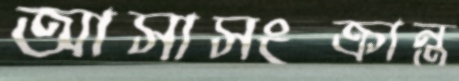
আসাসংক্রান্ত